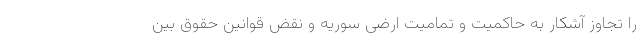
را تجاوز آشکار به حاکمیت و تمامیت ارضی سوریه و نقض قوانین حقوق بین